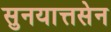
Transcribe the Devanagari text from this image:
सुनयात्तसेन